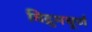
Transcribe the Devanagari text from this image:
विद्रुमचूर्ण